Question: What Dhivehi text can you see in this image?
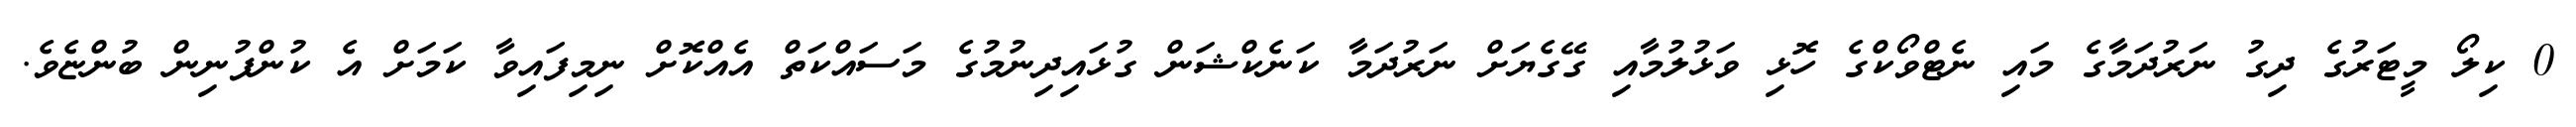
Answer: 0 ކިލޯ މީޓަރުގެ ދިގު ނަރުދަމާގެ މައި ނެޓްވޯކްގެ ހޮޅި ވަޅުލުމާއި ގޭގެޔަށް ނަރުދަމާ ކަނެކްޝަން ގުޅައިދިނުމުގެ މަސައްކަތް އެއްކޮށް ނިމިފައިވާ ކަމަށް އެ ކުންފުނިން ބުންޏެވެ.